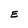
Character: E